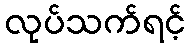
လုပ်သက်ရင့်